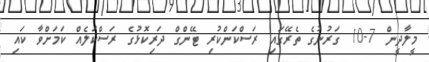
މީލާދީން 7-10 ގަރުނުގެ ތެރޭގައި ރަސްކަންކުރި ޓޭންގް ދަރިކޮޅުގެ ރަސްކަލެއް ކަމަށްވާ ކައި